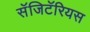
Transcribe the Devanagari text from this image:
सॅजिटॅरियस